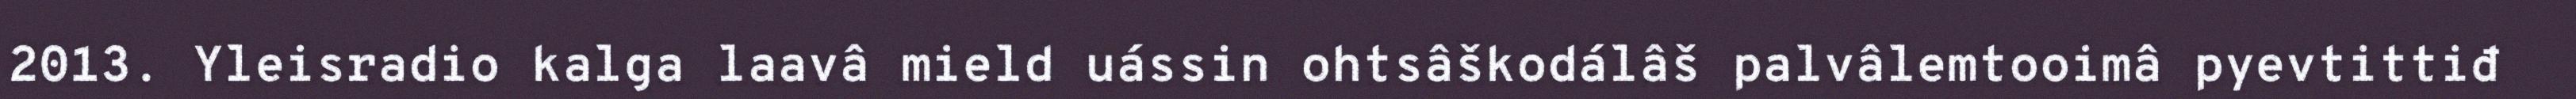
2013. Yleisradio kalga laavâ mield uássin ohtsâškodálâš palvâlemtooimâ pyevtittiđ